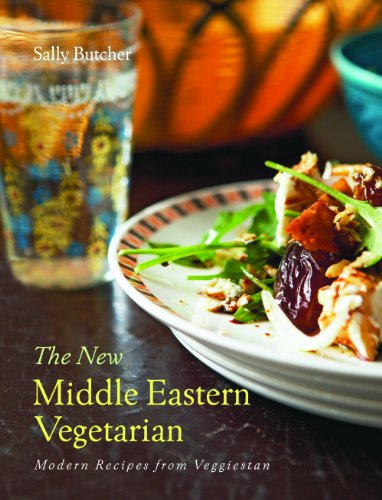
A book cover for New Middle Eastern Vegetarian, the: Modern Recipes from Veggiestan; Sally Butcher; Cookbooks, Food & Wine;